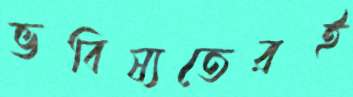
ভবিষ্যতেরই